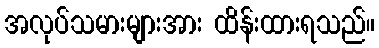
အလုပ်သမားများအား ထိန်းထားရသည်။